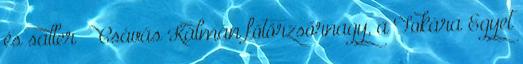
és saller ” Csávás Kálmán főtörzsőrnagy, a Tokára Egyet